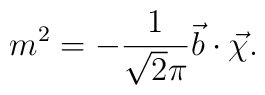
m^2=-\frac{1}{\sqrt{2}\pi}\vec{b}\cdot\vec{\chi}.